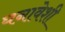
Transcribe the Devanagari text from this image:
घनावेशी